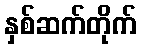
နှစ်ဆက်တိုက်